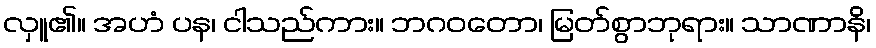
လှူ၏။ အဟံ ပန၊ ငါသည်ကား။ ဘဂဝတော၊ မြတ်စွာဘုရား။ သာဏာနိ၊